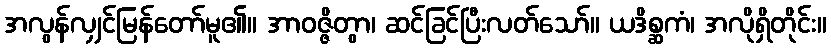
အလွန်လျှင်မြန်တော်မူ၏။ အာဝဇ္ဇိတွာ၊ ဆင်ခြင်ပြီးလတ်သော်။ ယဒိစ္ဆကံ၊ အလိုရှိတိုင်း။